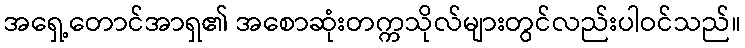
အရှေ့တောင်အာရှ၏ အစောဆုံးတက္ကသိုလ်များတွင်လည်းပါဝင်သည်။